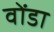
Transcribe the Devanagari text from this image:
वोंडा